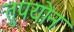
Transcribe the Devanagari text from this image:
तुपयोन